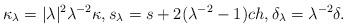
LaTeX: \begin{align*} \kappa_{\lambda} = |\lambda|^2 \lambda^{-2} \kappa, s_{\lambda} = s + 2 (\lambda^{-2} -1) ch , \delta_{\lambda} = \lambda^{-2} \delta.\end{align*}